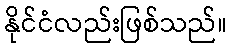
နိုင်ငံလည်းဖြစ်သည်။